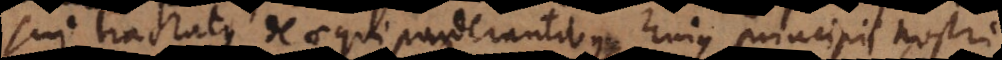
sui tractatus De aequiponderantibus, hujus principii nostri